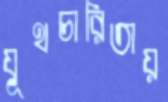
যূথচারিতায়